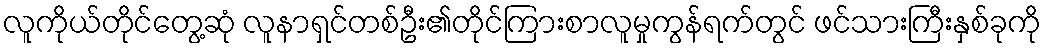
လူကိုယ်တိုင်တွေ့ဆုံ လူနာရှင်တစ်ဦး၏တိုင်ကြားစာလူမှုကွန်ရက်တွင် ဖင်သားကြီးနှစ်ခုကို